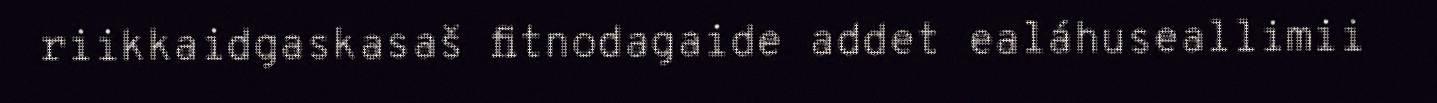
riikkaidgaskasaš fitnodagaide addet ealáhuseallimii